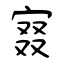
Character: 窡